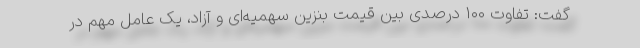
گفت: تفاوت ۱۰۰ درصدی بین قیمت بنزین سهمیه‌ای و آزاد، یک عامل مهم در